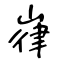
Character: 嵂